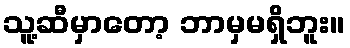
သူ့ဆီမှာတော့ ဘာမှမရှိဘူး။